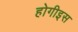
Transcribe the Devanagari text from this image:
होगीइस